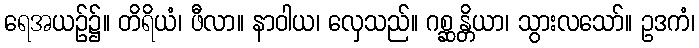
ရေအယဉ်၌။ တိရိယံ၊ ဖီလာ။ နာဝါယ၊ လှေသည်။ ဂစ္ဆန္တိယာ၊ သွားလသော်။ ဥဒကံ၊